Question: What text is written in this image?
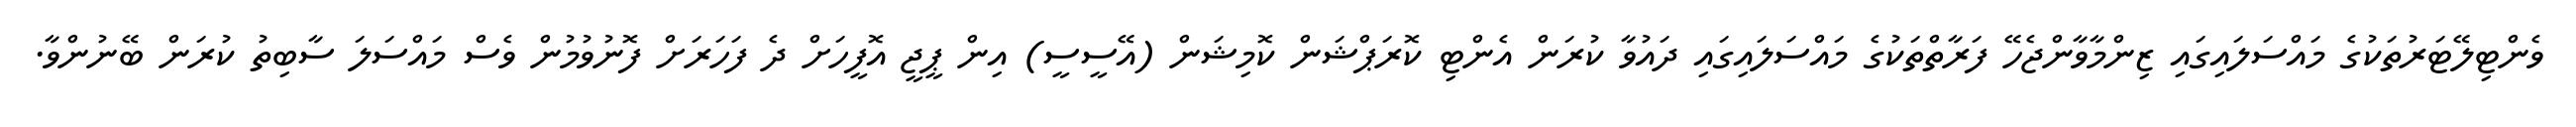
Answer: ވެންޓިލޭޓަރުތަކުގެ މައްސަލައިގައި ޒިންމާވާންޖެހޭ ފަރާތްތަކުގެ މައްސަލައިގައި ދައުވާ ކުރަން އެންޓި ކޮރަޕްޝަން ކޮމިޝަން (އޭސީސީ) އިން ޕީޖީ އޮފީހަށް ދެ ފަހަރަށް ފޮނުވުމުން ވެސް މައްސަލަ ސާބިތު ކުރަން ބޭނުންވާ.